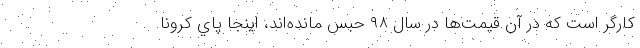
كارگر است كه در آن قيمت‌ها در سال ۹۸ حبس مانده‌اند، اينجا پاي كرونا